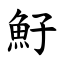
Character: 䰵